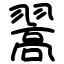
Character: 翯